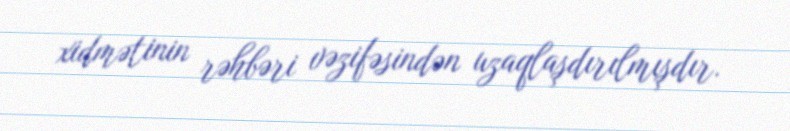
xidmətinin rəhbəri vəzifəsindən uzaqlaşdırılmışdır.